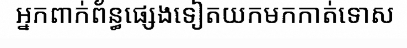
អ្នកពាក់ព័ន្ធផ្សេងទៀតយកមកកាត់ទោស